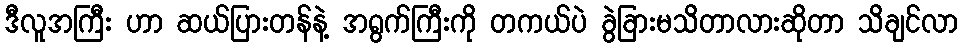
ဒီလူအကြီး ဟာ ဆယ်ပြားတန်နဲ့ အရွက်ကြီးကို တကယ်ပဲ ခွဲခြားမသိတာလားဆိုတာ သိချင်လာ